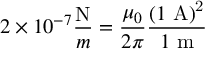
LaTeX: { { 2 } \times 1 0 ^ { - 7 } { \frac { \mathrm { { N } } } { m } } } = { \frac { \mu _ { 0 } } { 2 \pi } } { \frac { ( 1 \ \mathrm { { A ) ^ { 2 } } } } { { 1 } \ \mathrm { { m } } } }